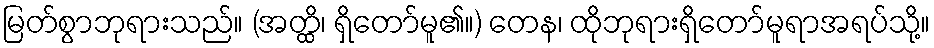
မြတ်စွာဘုရားသည်။ (အတ္ထိ၊ ရှိတော်မူ၏။) တေန၊ ထိုဘုရားရှိတော်မူရာအရပ်သို့။